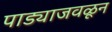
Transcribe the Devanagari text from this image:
पाड्याजवळून